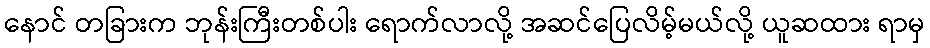
နောင် တခြားက ဘုန်းကြီးတစ်ပါး ရောက်လာလို့ အဆင်ပြေလိမ့်မယ်လို့ ယူဆထား ရာမှ